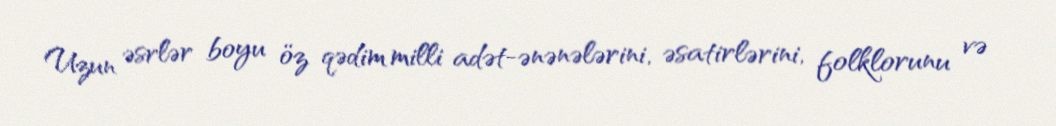
Uzun əsrlər boyu öz qədim milli adət-ənənələrini, əsatirlərini, folklorunu və